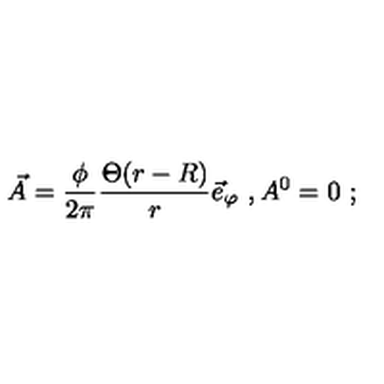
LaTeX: \vec { A } = \frac { \phi } { 2 \pi } \frac { \Theta ( r - R ) } { r } \vec { e } _ { \varphi } \ , A ^ { 0 } = 0 \ ;